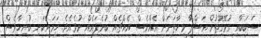
ސަބަބާއި ގުޅޭގޮތުން އަޝްފާ މިހާތަނަށް އެއްވެސް އެއްޗެއް ބުނެފައެއް ނުވެއެވެ. ހަމައެކަނި ބުނިހާވެސް